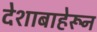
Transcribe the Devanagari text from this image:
देशाबाहेरून